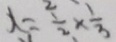
x = \frac { 1 } { 2 } \times \frac { 1 } { 3 }